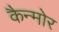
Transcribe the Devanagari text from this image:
कैन्मोर